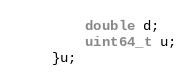
Language: C++
        double d;
        uint64_t u;
    }u;